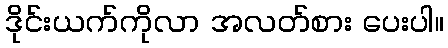
ဒိုင်းယက်ကိုလာ အလတ်စား ပေးပါ။